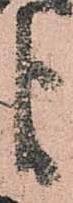
ゟ